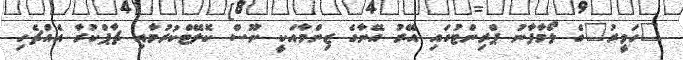
"ހަވީރު"ގެ ލޯމާފާނު ޕްރިންޓުގައި އޭރު އޭނާގެ ޒިންމާއަކީ ނޫސް ކޮލޭޓްކުރުމާއި ޗާޕްކުރާ އެއްޗެހި